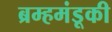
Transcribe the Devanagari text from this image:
ब्रम्हमंडूकी